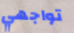
تواجهي